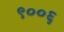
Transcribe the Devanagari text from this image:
९००६